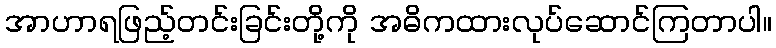
အာဟာရဖြည့်တင်းခြင်းတို့ကို အဓိကထားလုပ်ဆောင်ကြတာပါ။